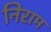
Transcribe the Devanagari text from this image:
निराम